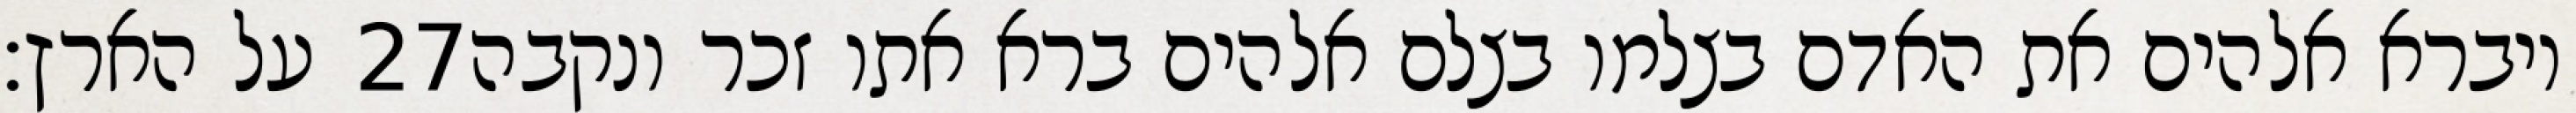
על הארץ׃ ‎27‏ ויברא אלהים את האדם בצלמו בצלם אלהים ברא אתו זכר ונקבה